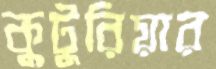
কুটুরিয়ার